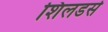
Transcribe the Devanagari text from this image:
शिलडर्स